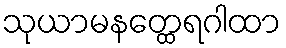
သုယာမနတ္ထေရဂါထာ